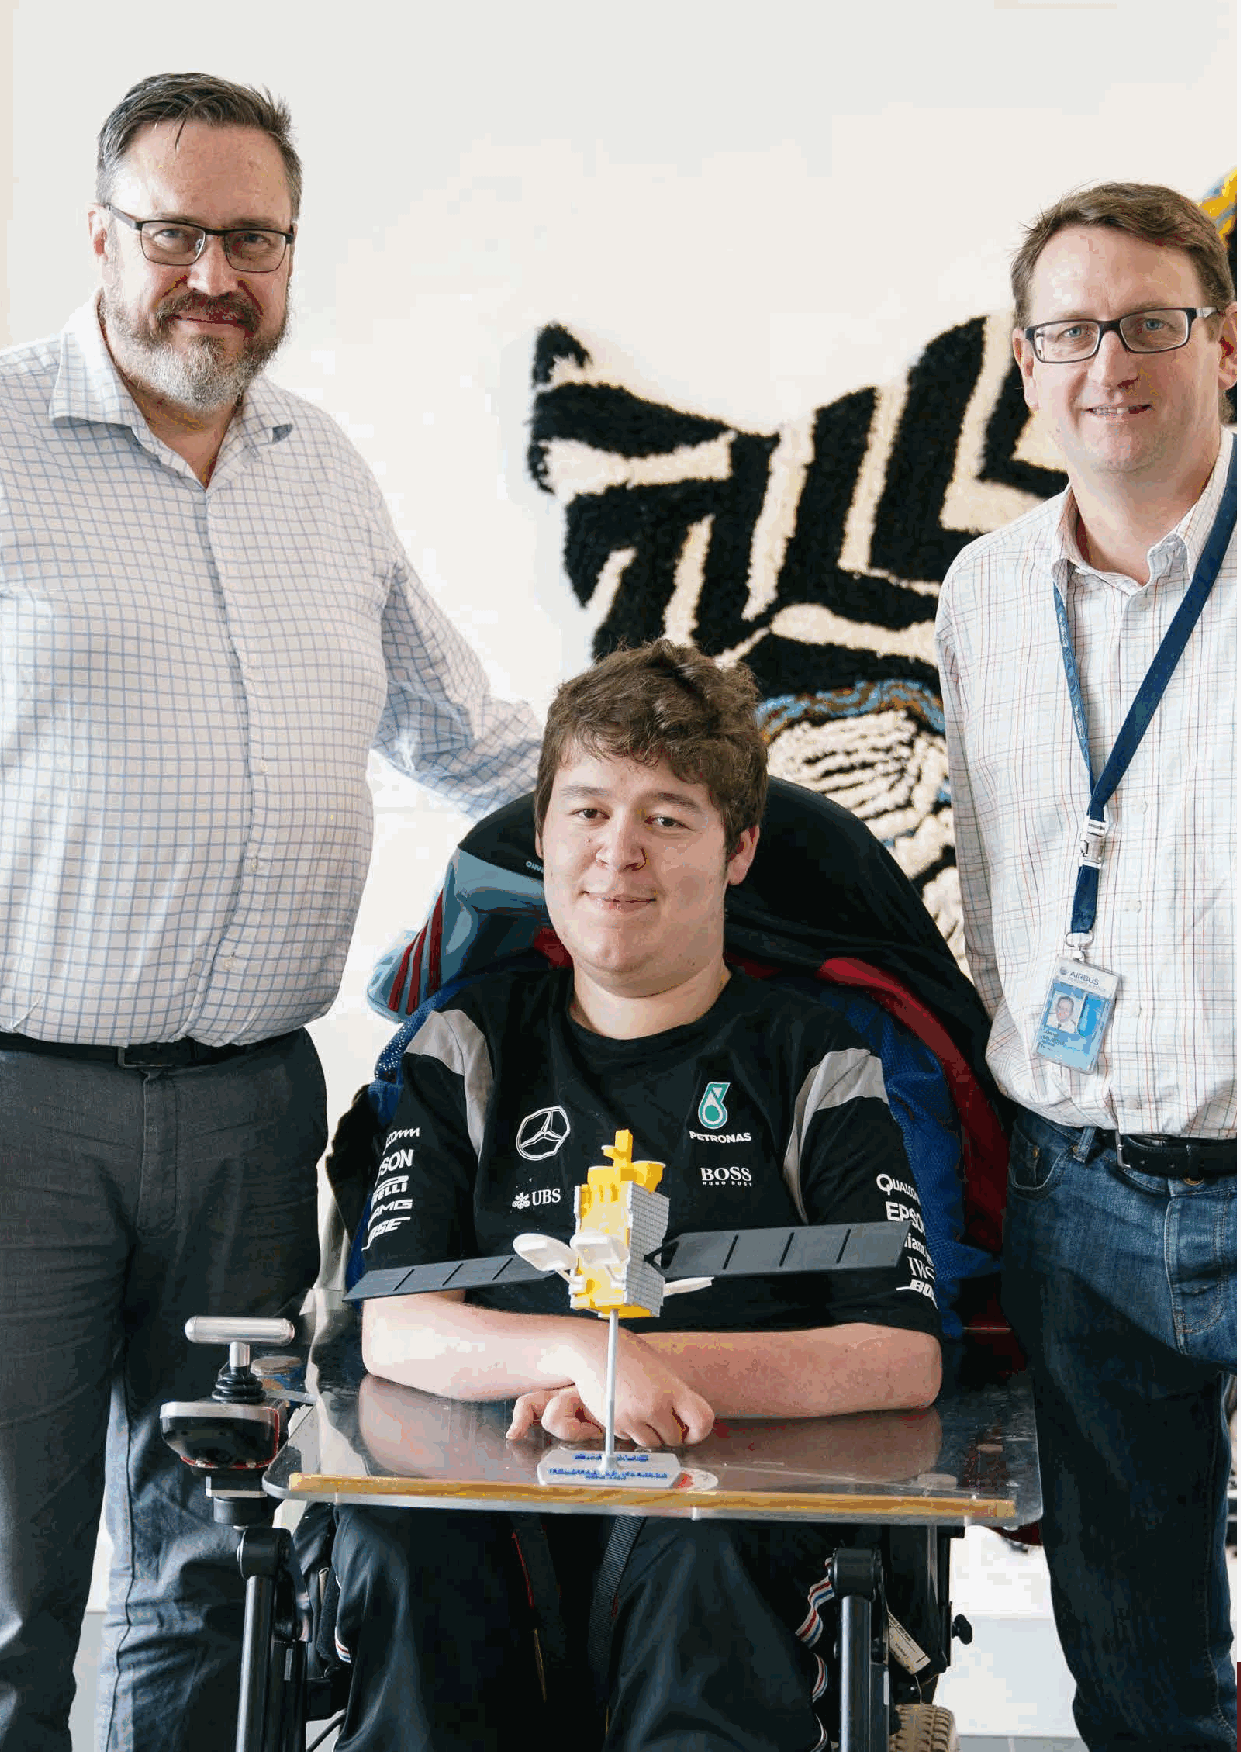
24                       ‘Inspiring Hearts, Engaging Minds’ (IHEM) Pilot Programme
 IHEM-Evaluation-Summary-Report_Brand Compliant.indd 24                  29/09/2020 06:59:21